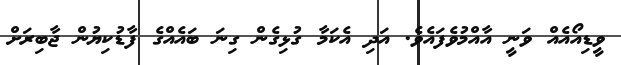
ވީޑިއޯއެއް ވަނީ އާއްމުވެފައެވެ. އަދި އެކަމާ ގުޅިގެން ގިނަ ބައެއްގެ ފާޑުކިޔުން ޖާބިރަށް